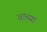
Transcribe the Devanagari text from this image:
वांच्या